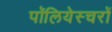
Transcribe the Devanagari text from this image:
पॉलियेस्चरों